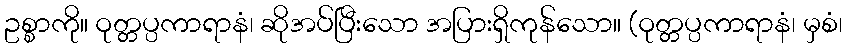
ဥစ္စာကို။ ဝုတ္တပ္ပကာရာနံ၊ ဆိုအပ်ပြီးသော အပြားရှိကုန်သော။ (ဝုတ္တပ္ပကာရာနံ၊ မှစံ၊